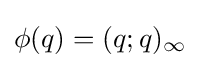
\phi (q)=(q;q)_{\infty }